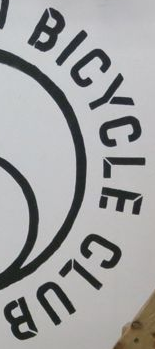
BICYCLE CLUB